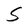
Character: S